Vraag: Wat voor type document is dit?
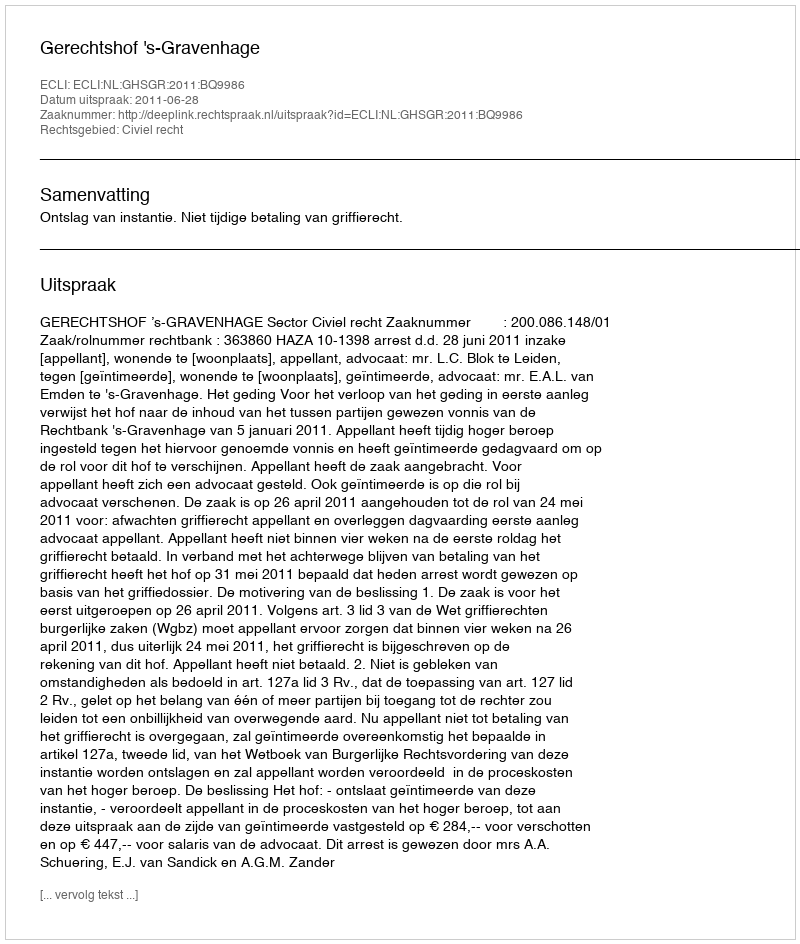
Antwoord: Uitspraak